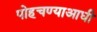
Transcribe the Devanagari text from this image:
पोहचण्याआधी